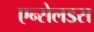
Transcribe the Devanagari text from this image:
एन्सेलडस